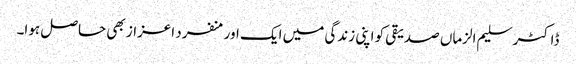
ڈاکٹر سلیم الزماں صدیقی کو اپنی زندگی میں ایک اور منفرد اعزاز بھی حاصل ہوا۔